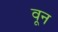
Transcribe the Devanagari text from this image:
वून